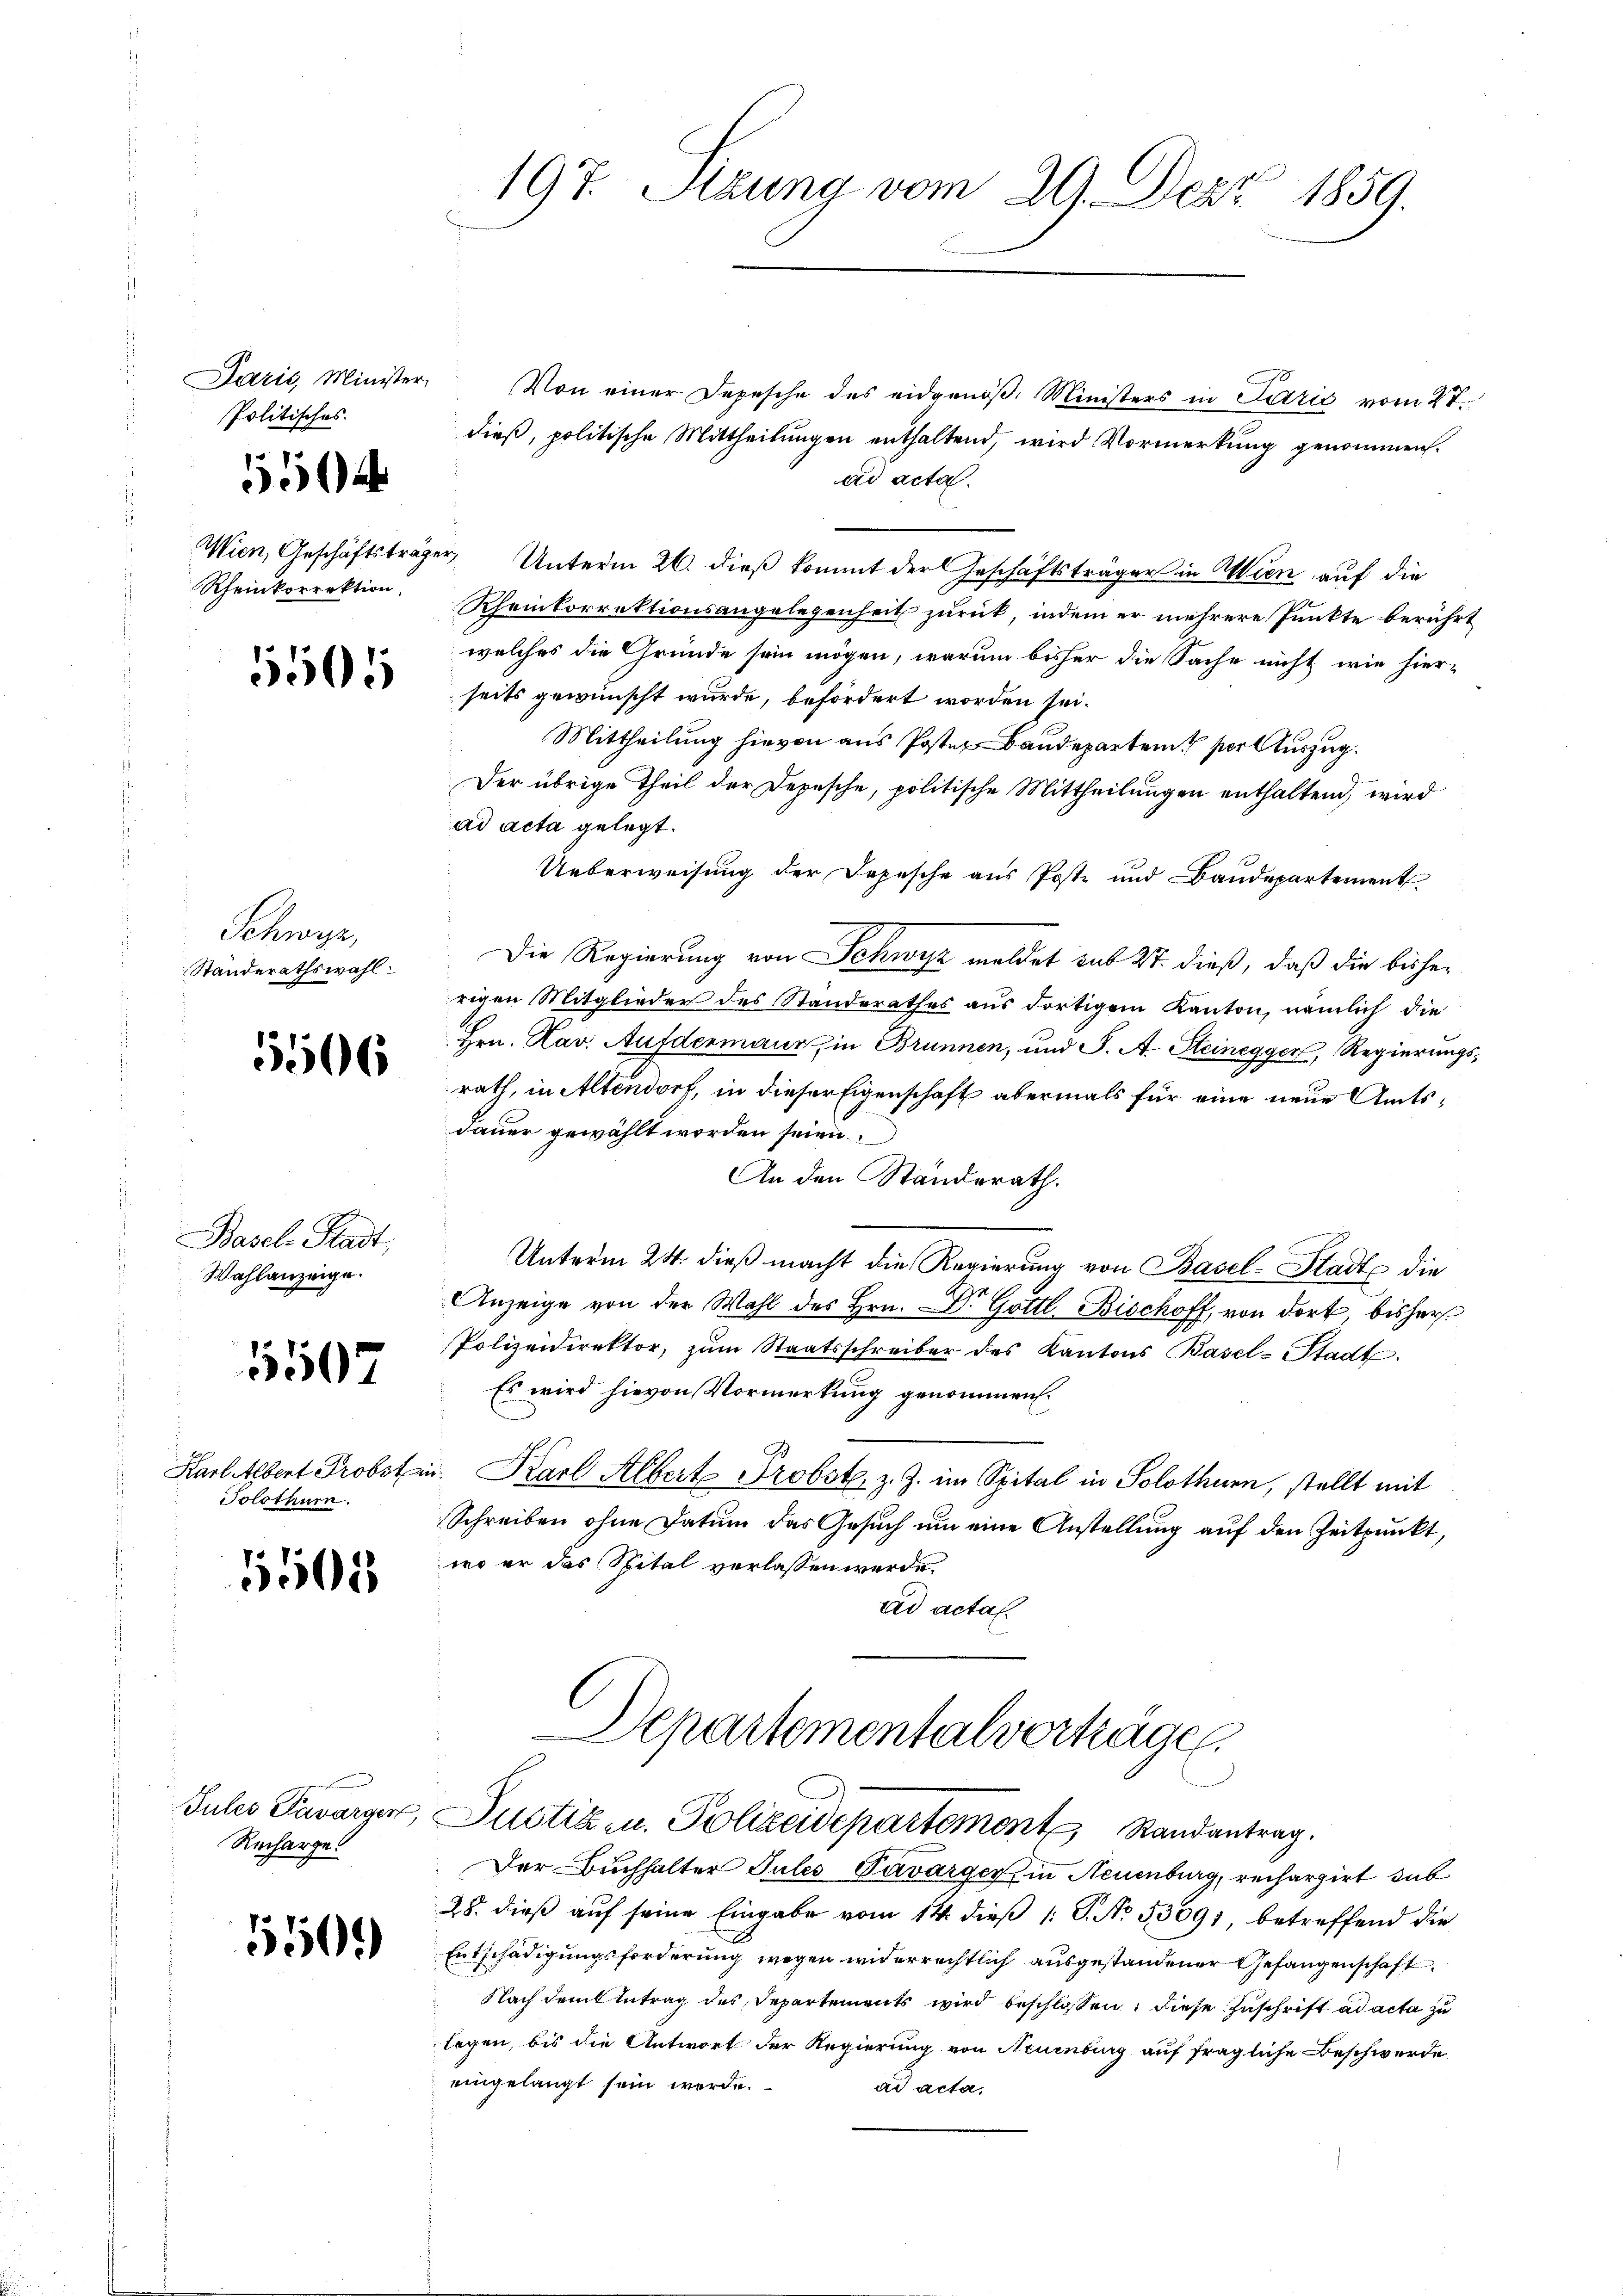
Paris, Minister,
Politisches.
504

Rheinkorrektion,

5501

Schwyz,
Standerathswahl.

5506

Basel. Stadt,
Wahlanzeige.

5507

Solothurn.

5505

Recharge!

550.

197. Sitzung vom 29. Dez. 1859.

Von einer Depesche des eidgenöß Ministers in Lazić vom 27.
dieß, politische Mittheilungen enthaltend, wird Vormerkung genommen.
ad acta.
Wien, Geschäftsträger Unterm 26. dieß kommt der Geschäftsträger in Wien auf die
Rheinkorrektionsangelegenheit zurück, indem er mehrere Punkte berührt
welches die Gründe sein mögen, warum bisher die Sache nicht wie hier-
seits gewünscht wurde, befördert worden sei.
Mittheilung hievon aus Posten Baudepartem vor Auszug.
Der übrige Theil der Depesche, politische Mittheilungen enthaltend, wird
ad acta gelegt.
Ueberweisung der Depesche aus Poste und Baudepartement
Die Regierung von Schwyz meldet sub 27. dieß, daß die bisherigen Mitglieder des Standerathes aus dortigem Kanton, nämlich die
Hrn. Kav. Aufdermaur, in Brunnen, und J. A. Steinegger, Regierungsrath, in Altendorf, in dieser Eigenschaft abermals für eine neue Amtsdauer gewählt worden seien.
An den Standerath.
Unterm 24. dieß macht die Regierung von Basel-Stadt die
Anzeige von der Wahl des Hrn. Dr. Gottl. Bischoff, von dort, bisher
Polizeidirektor, zŭm Staatsschreiber des Kantons Basel-Stadt
Es wird hievon Vormerkung genommen.
Karl Albert Probstein. Karl Albert Probst, z. Z. im Spital in Solothurn, stellt mit
Schreiben ohne Datum das Gesuch um eine Anstellung auf den Zeitpunkt,
wo er das Spital verlassen werde.
ad actal.
Departementalverträge.
Jules Tavarger, Justiz- u. Polizeidepartement Randantrag.

Der Buchhalter Jules Pavarger in Neuenburg, rechargirt, dab
28. dieß auf seine Eingabe vom 14. dieß 1: P. No. 53091, betreffend die
Entschädigungsforderung wegen widerrechtlich ausgestandener Gefangenschaft
Nach dem Antrag des Departements wird beschlossen, diese Zuschrift ad acta zu
legen, bis die Antwort der Regierung von Neuenburg auf fragliche Beschwerde
eingelangt sein werde.
ad acta.